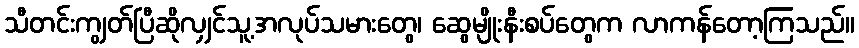
သီတင်းကျွတ်ပြီဆိုလျှင်သူ့အလုပ်သမားတွေ၊ ဆွေမျိုးနီးစပ်တွေက လာကန်တော့ကြသည်။